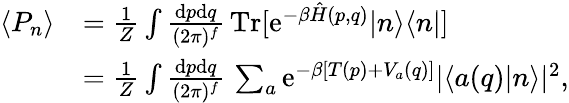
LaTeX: \begin{array}{rl}{\langle P_{n}\rangle}&{=\frac{1}{Z}\int\frac{\mathrm{d}p\mathrm{d}q}{(2\pi)^{f}}\, \mathrm{Tr}[\mathrm{e}^{-\beta\hat{H}(p,q)}|n\rangle\langle n|]}\\ &{=\frac{1}{Z}\int\frac{\mathrm{d}p\mathrm{d}q}{(2\pi)^{f}}\, \sum_{a}\mathrm{e}^{-\beta[T(p)+V_{a}(q)]}|\langle a(q)|n\rangle|^{2},}\end{array}